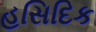
હસિદિક